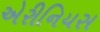
એરીનિયસ